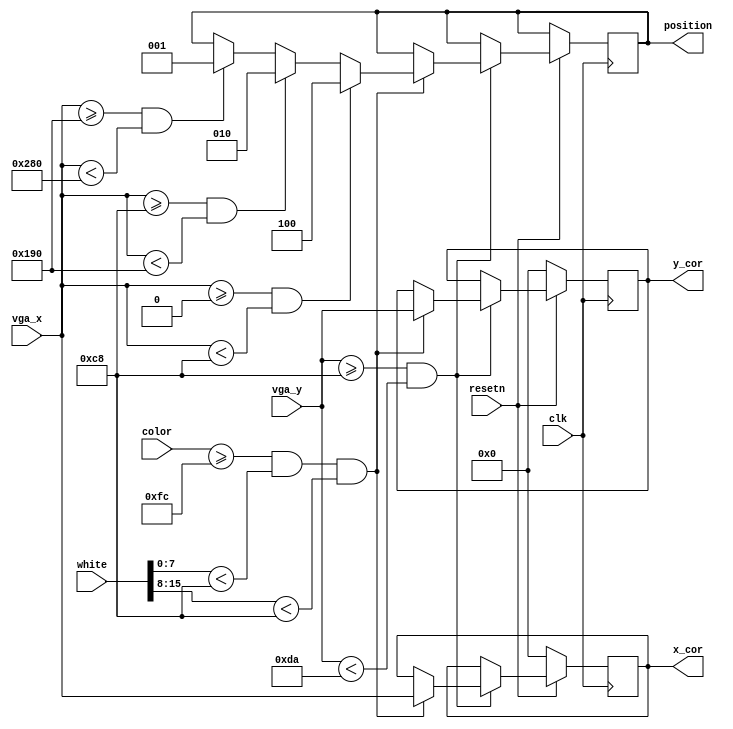
module check_position (
input clk, 
input resetn, 
input [10:0] vga_x,
input [10:0] vga_y,
input [7:0] color, 
input [15:0] white,
output reg [10:0] x_cor,
output reg [10:0] y_cor,
output reg [2:0] position);

//reg [8:0] red_counter_1,red_counter_2,red_counter_3;
//output the x coordinate for first pixel that is over the red thersold
//change to having low value of blue and green

//fsm to reset position light before every check to prevent sticky led light

/*
localparam  
			
				S_BEFORE_CHECK 	= 2'd00,//just before checking
				S_CHECK				= 2'b01,
				S_N_CHECK         = 2'b10;

reg [1:0] current_state, next_state;
//state control logic
always@(*)
    begin: plot_state_table
            case (current_state)
				S_BEFORE_CHECK: begin
					next_state = S_CHECK;
				end
				S_CHECK: begin
					next_state = (vga_y >= 11'd200 && vga_y <11'd218) ? S_CHECK : S_N_CHECK; 
				end
				S_N_CHECK: begin
					next_state = (vga_y >= 11'd182 && vga_y <11'd200 && !(vga_y >= 11'd200 && vga_y <11'd218)) ? S_BEFORE_CHECK : S_N_CHECK;
				end
				default: next_state = S_BEFORE_CHECK;
				endcase
	end

reg reset, check, hold;

always @(*)
    begin: enable_signals
		reset = 1'b0;
		check = 1'b0;
		hold = 1'b0;
		case (current_state)
			S_BEFORE_CHECK: begin
				reset = 1'b1;
			end
			S_CHECK: begin
				check = 1'b1;
			end
			S_N_CHECK: begin
				hold = 1'b1;
			end
		endcase
	end

   always@(posedge clk)
    begin: state_FFs
        if(!resetn) begin
			current_state <= S_BEFORE_CHECK;
			end
		  else begin
			current_state <= next_state;end
    end // state_FFS


always @ (posedge clk)
begin

 if (!resetn) begin
 x_cor <= 11'b0;
 y_cor <= 11'b0;
 position <= 3'b0;
 end
 else if (reset) begin
 x_cor <= 11'b0;
 y_cor <= 11'b0;
 position <= 3'b0;end
 else if (check) begin  // look at 18 rows
		if (color >= 8'b11111100 && white[7:0] < 8'b11001000 && white[15:8] < 8'b11001000 ) begin
			x_cor <= vga_x;
			y_cor <= vga_y;
			 if (vga_x >= 11'd0 && vga_x < 11'd200) begin
				position <= 3'b100;end
			 else if (vga_x >= 11'd200 && vga_x < 11'd400) begin
				position <= 3'b010;end
			 else if (vga_x >= 11'd400 && vga_x < 11'd640) begin
				position <= 3'b001;end
			else begin
				 position <= position;end
		end
		else begin
			position <= position;end
		
 end
 else if (hold)begin // not checking 
		x_cor <= x_cor;
		y_cor <= y_cor;
		position <= position;
 end
 else begin
		position <= position;
		x_cor <= x_cor;
		y_cor <= y_cor;
	end
end
*/
	 
	
	
always @ (posedge clk)
begin

 if (!resetn) begin
 x_cor <= 11'b0;
 y_cor <= 11'b0;
 //red_counter_1 <= 9'b0;
 //red_counter_2 <= 9'b0;
 //red_counter_3 <= 9'b0;
 end
 else if (vga_y >= 11'd200 && vga_y <11'd218) begin  // look at 18 rows
		if (color >= 8'b11111100 && white[7:0] < 8'b11001000 && white[15:8] < 8'b11001000 ) begin
			x_cor <= vga_x;
			y_cor <= vga_y;
			 if (vga_x >= 11'd0 && vga_x < 11'd200) begin
				//red_counter_1 <= red_counter_1 + 1'b1;
				position <= 3'b100;end
			 else if (vga_x >= 11'd200 && vga_x < 11'd400) begin
				//red_counter_2 <= red_counter_2 + 1'b1;
				position <= 3'b010;end
			 else if (vga_x >= 11'd400 && vga_x < 11'd640) begin
				//red_counter_3 <= red_counter_3 + 1'b1;
				position <= 3'b001;end
			 else begin
				 position <= position;end
				 //red_counter_1 <= red_counter_1;
				 //red_counter_2 <= red_counter_2;
				 //red_counter_3 <= red_counter_3;end
		end
		
 end
 else if (!(vga_y >= 11'd200 && vga_y <11'd218))begin // not checking 
		//red_counter_1 <= 9'b0;
		//red_counter_2 <= 9'b0;
		//red_counter_3 <= 9'b0;
		position <= position;
 end
 else begin
		position <= position;
		x_cor <= x_cor;
		y_cor <= y_cor;end
		//red_counter_1 <= red_counter_1;
		//red_counter_2 <= red_counter_2;
		//red_counter_3 <= red_counter_3;end
end



// if half of the bit are red, light up
/*
always@(*) begin
	if (!resetn) begin position <= 3'b0;end
	if (red_counter_1 >= 8'd100) begin 
		position[2] <= 1'b1;
		position[1:0] <= position[2:0];end
	else begin 
		position[2] <= 1'b0;
		position[1:0] <= position[2:0];end
	if (red_counter_2 >= 8'd100) begin 
		position[1] <= 1'b1;
		position[2] <= position[2];
		position[0] <= position[0];end
	else begin
		position[1] <= 1'b0;
		position[2] <= position[2];
		position[0] <= position[0];end
	if (red_counter_3 >= 8'd100) begin 
		position[0] <= 1'b1;
		position[2:1] <= position[2:1];end
	else begin
		position[0] <= 1'b0;
		position[2:1] <= position[2:1];end
end
*/
endmodule